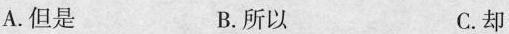
A.但是 B.所以 C.却